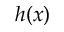
h ( x )